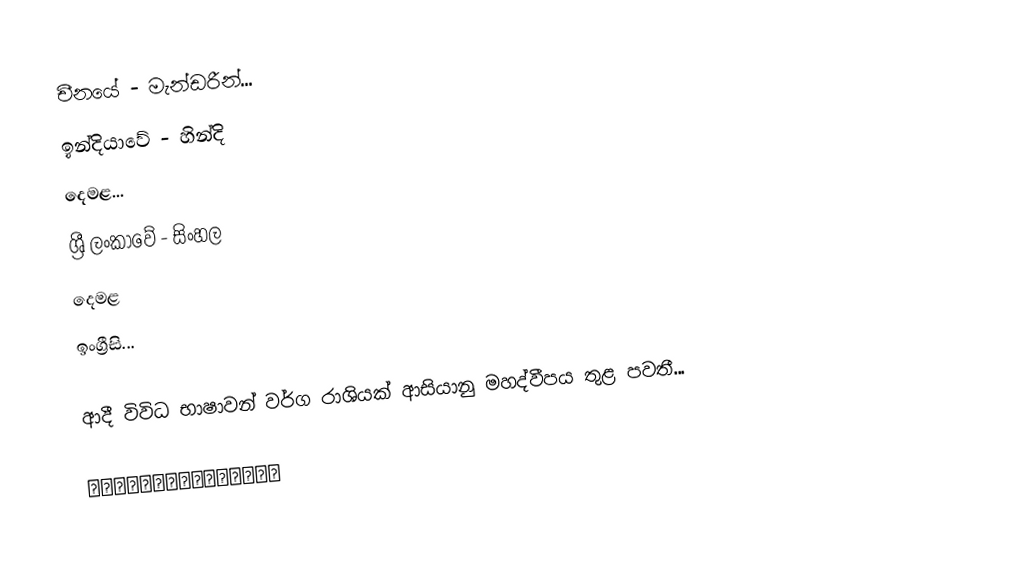
චීනයේ - මැන්ඩරීන්...
ඉන්දියාවේ - හින්දි
           දෙමළ...
ශ්‍රී ලංකාවේ - සිංහල
            දෙමළ
            ඉංග්‍රීසි...

ආදී විවිධ භාෂාවන් වර්ග රාශියක් ආසියානු මහද්වීපය තුළ පවතී...

💚🧡💜💛💙💚🧡💜💛💙💚🧡💜💛💙